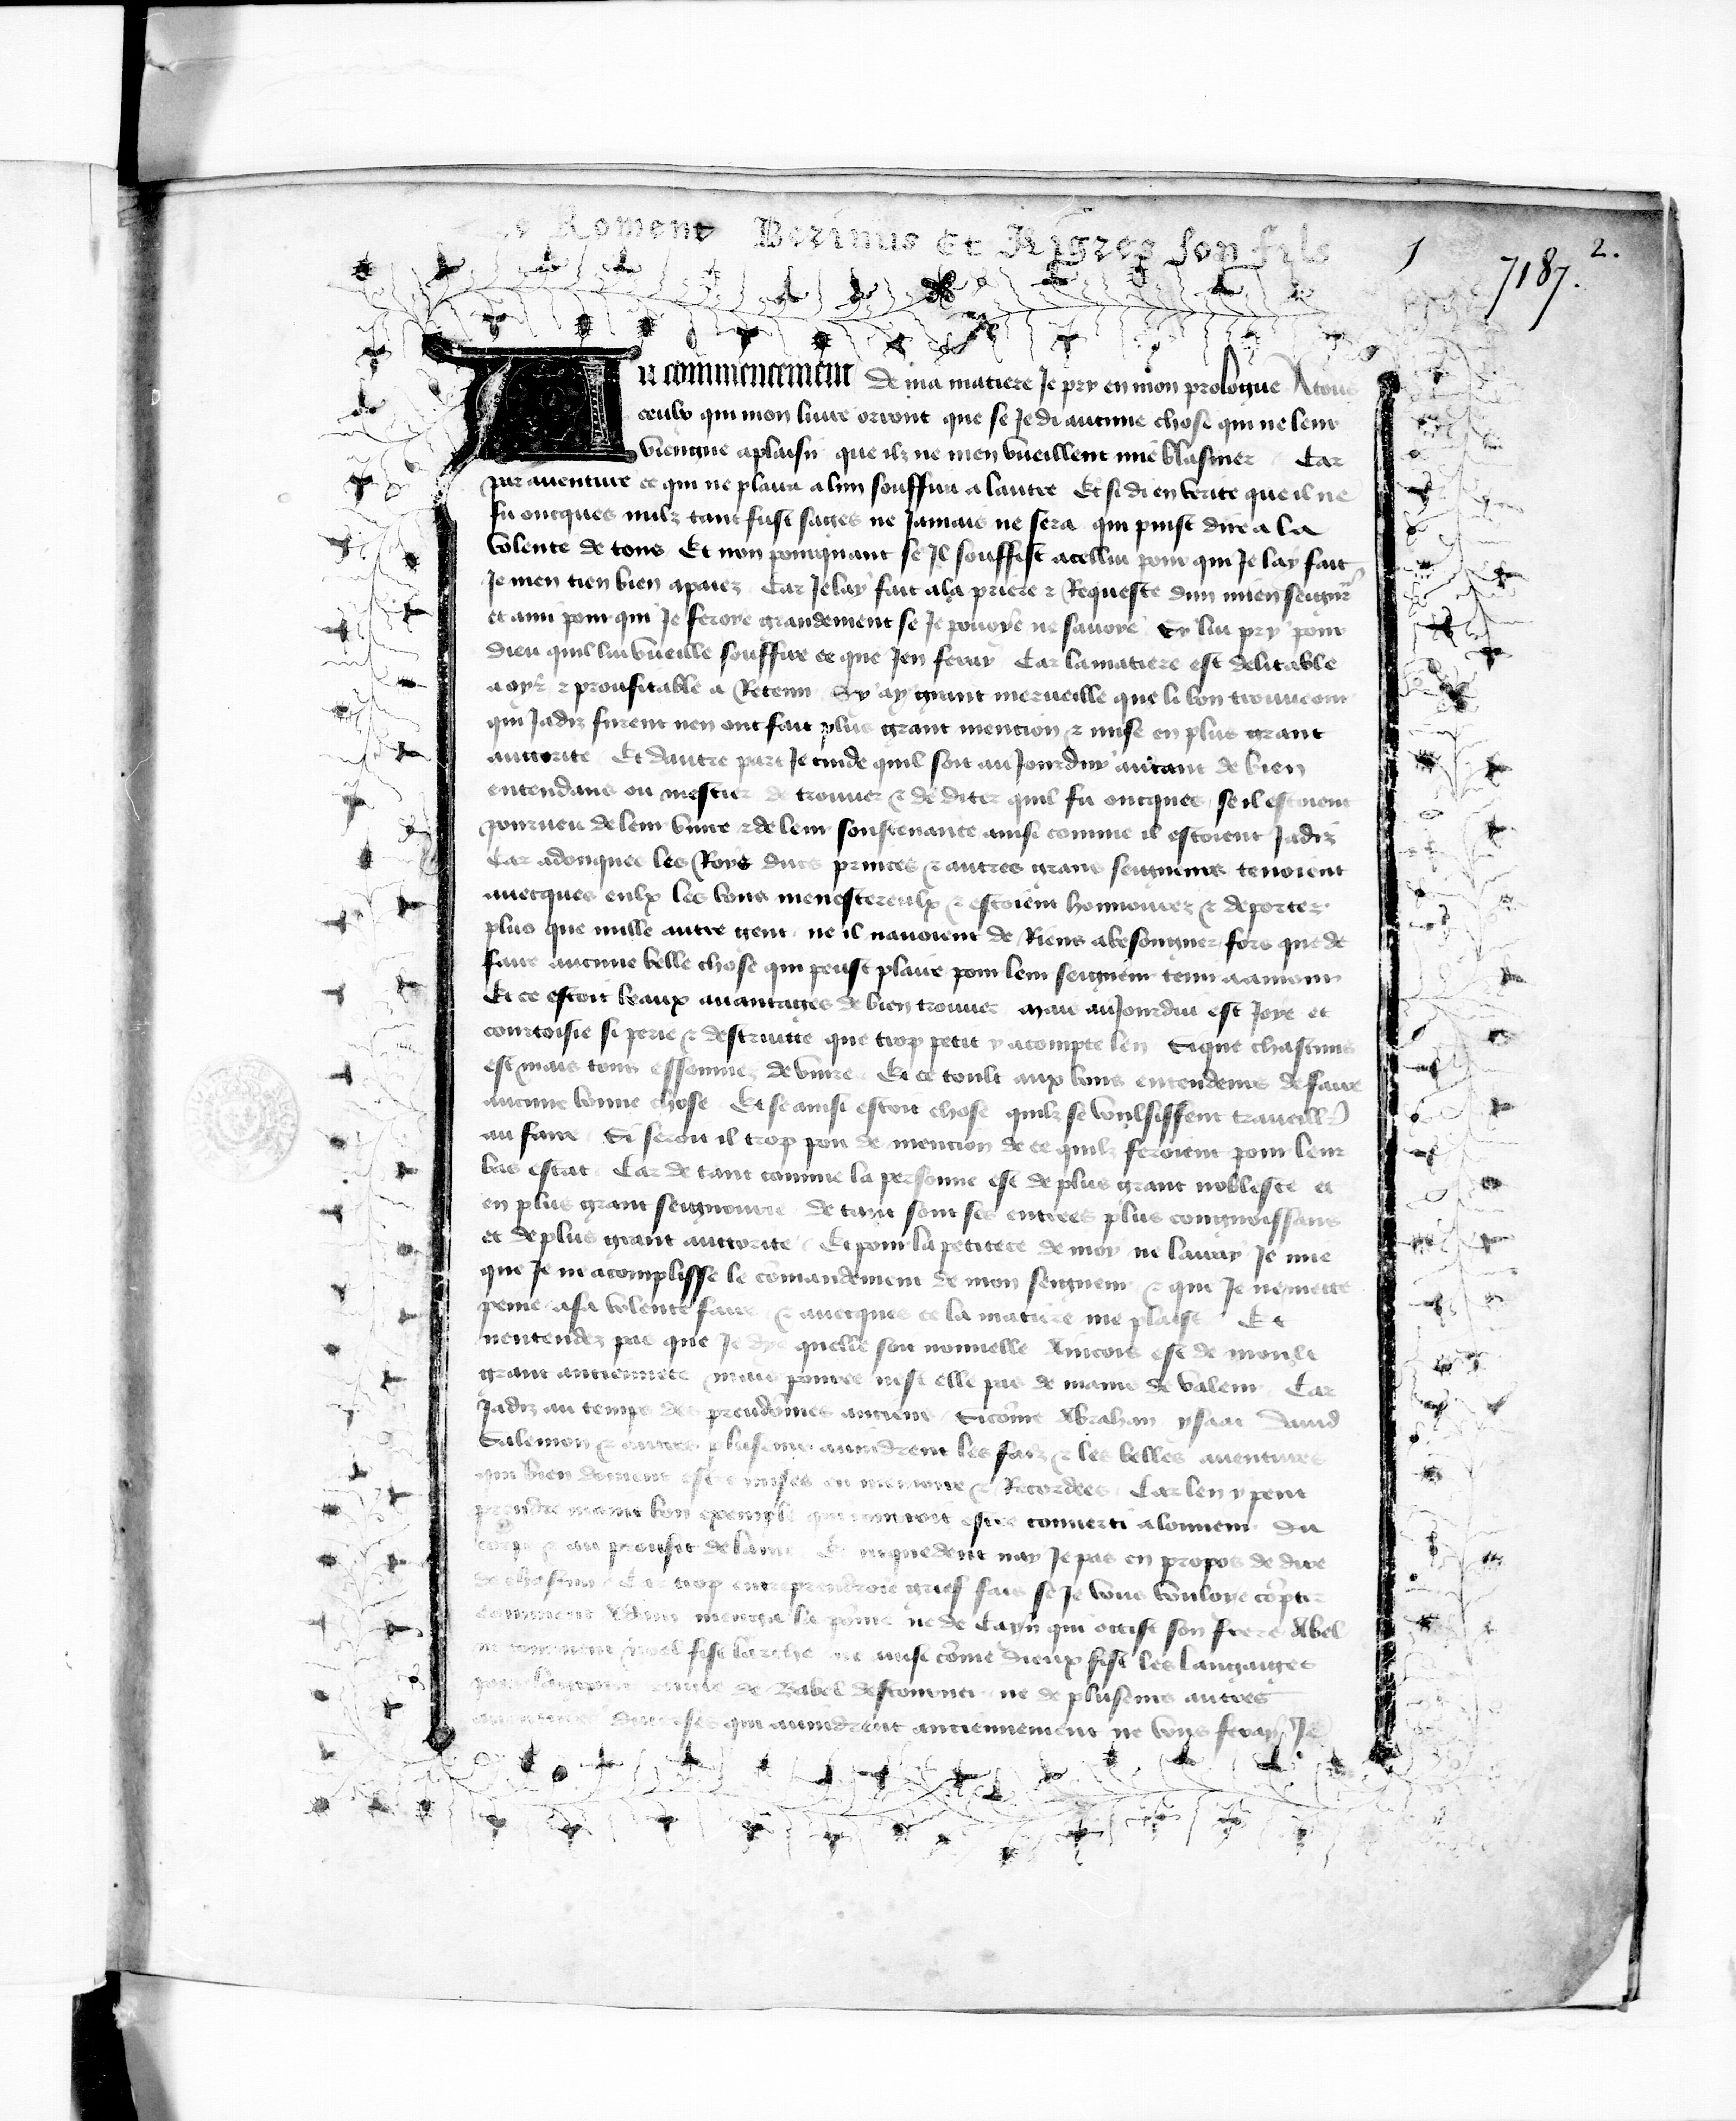
Shelfmark: Paris, BnF, fr. 777
Century: 15